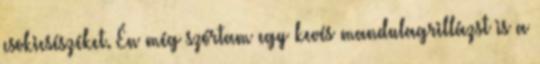
csokicsészéket. Én még szórtam egy kevés mandulagrillázst is a